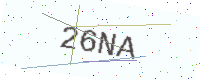
Text: 26NA